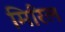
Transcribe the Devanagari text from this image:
मिरिल